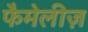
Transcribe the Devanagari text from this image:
फैमेलीज़